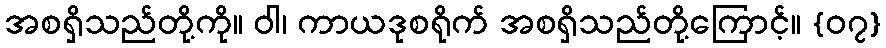
အစရှိသည်တို့ကို။ ဝါ၊ ကာယဒုစရိုက် အစရှိသည်တို့ကြောင့်။ {၀၇}